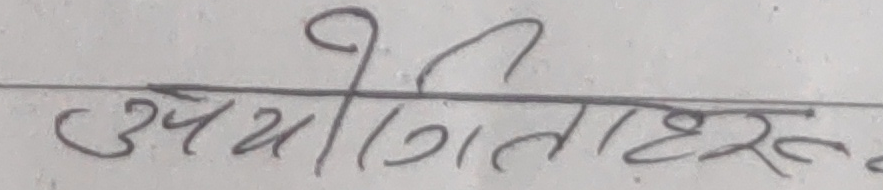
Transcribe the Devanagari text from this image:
उपयोगिताहरू